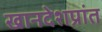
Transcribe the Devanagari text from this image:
खानदेशप्रांत